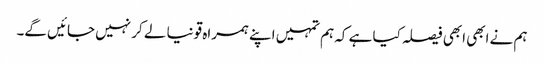
ہم نے ابھی ابھی فیصلہ کیا ہے کہ ہم تمہیں اپنے ہمراہ قونیا لے کر نہیں جائیں گے۔